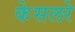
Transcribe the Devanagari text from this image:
केसलरे